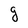
Character: g